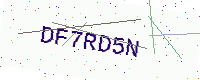
Text: DF7RD5N